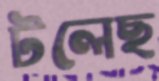
টলেছ